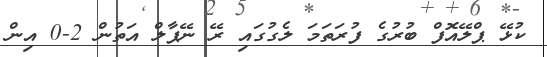
ކުޅޭ ޕްލޭއޮފް ބުރުގެ ފުރަތަމަ ލެގުގައި ރޭ ނޭޕާލް އަތުން 2-0 އިން